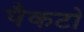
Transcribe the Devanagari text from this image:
पैकटो